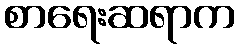
စာရေးဆရာက